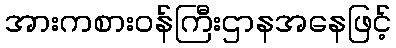
အားကစားဝန်ကြီးဌာနအနေဖြင့်